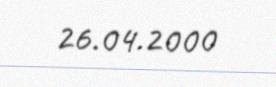
26.04.2000